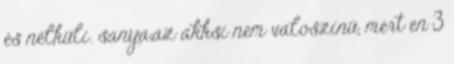
és nélküli. sanya,az akksi nem valoszinü, mert en 3